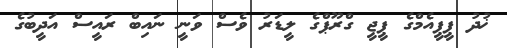
ޚުދު ޕީޕީއެމްގެ ޕީޖީ ގްރޫޕްގެ ލީޑަރު ވެސް ވަނީ ނައިބް ރައީސް އަދީބުގެ